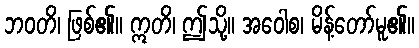
ဘဝတိ၊ ဖြစ်၏။ ဣတိ၊ ဤသို့။ အဝေါစ၊ မိန့်တော်မူ၏။